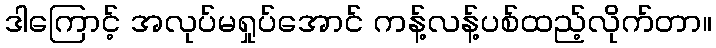
ဒါကြောင့် အလုပ်မရှုပ်အောင် ကန့်လန့်ပစ်ထည့်လိုက်တာ။